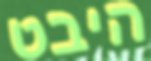
היבט